Vital statistics of India. Vol. IV, Annual returns from 1871 to 1876. British Army of India, Native Army and jails of Bengal
Year: 1871
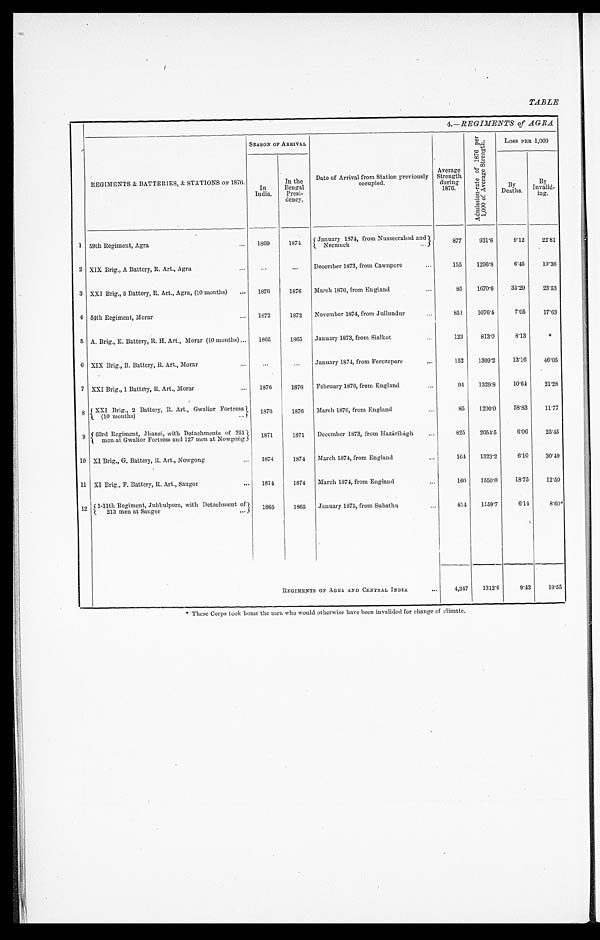
TABLE
4.—REGIMENTS of AGRA.
REGIMENTS & BATTERIES, & STATIONS of 1876.
SEASON OF ARRIVAL
Date of Arrival from Station previously
occupied.
Average
Strength
during
1876.
A d m i s s i o n - r a t e o f 1 8 7 6 p e r 1 , 0 0 0 o f A v e r a g e S t r e n g t h .
Loss PER 1,000
In
India.
In the
Bengal
Presi-
dency.
B y
Deaths.
By I n v a l i d i n g .
1 59th Regiment, Agra
. . . 1869
1874
January 1874, from Nusseerabad and
877
931.6
9.12
22.81
Neemuch
. . .
2 XIX Brig., A Battery, R. Art., Agra
. . .
. . .
. . .
December 1873, from Cawnpore
...
155
1296.8
6.45
19.36
3 XXI Brig., 5 Battery, R. Art., Agra, (10 months)
...
1876
1876
March 1876, from England
...
85
1670.6
35.29
23.53
4 54th Regiment, Morar
. . . 1872
1872
November 1874, from Jullundur
...
851
1076.4
7.05
17.63
5 A. Brig., E. Battery, R. IL Art., Morar (10 months) ... 1865
1865
January 1873, from Sialkot
...
123
813.0
8.13
‫٭‬
6 XIX Brig., B. Battery, R. Art., Morar
...
. . .
...
January 1874, from Ferozepore
...
152
1309.2
13.16
46.05
7 XXI Brig., 1 Battery, R. Art., Morar
...
1876
1876
February 1876, from England
. . .
94
1329.8
10.64
21.28
8 XXI Brig., 2 Battery, R. Art., Gwalior Fortress
1876
1876
March 1876, from England
...
85
1200.0
58.83
11.77
( 1 0 m o n t h s )
. . .
9 63rd Regiment, Jhansi, with Detachments of 251 men at Gwalior Fortress and 127 men at Nowgong
1871
1871
December 1873, from Hazaribagh
...
825
2054.5
6.06
25.45
10 XI Brig., G. Battery, R. Art., Nowgong
...
1874
1874
March 1874, from England
. . .
164
1323.2
6.10
30.49
11 XI Brig., F. Battery, R. Art., Saugor
...
1874
1874
March 1874, from Englan
. . .
1 6 0 1550.0
18.75
12.50
1 2 1-11th Regiment, Jubbulpore, with Detachment of
1865
1865
January 1875, from Subathu
. . .
814
1159.7
6.14
8.60*
213 men at Saugor
. . .
REGIMENTS OF AGRA AND CENTRAL INDIA
...
4,347
1312.6
9.43
19.55
‫٭‬ These Corps took home the men who would otherwise have been invalided for change of climate.